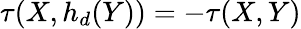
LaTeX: \tau(X,h_{d}(Y))=-\tau(X,Y)